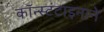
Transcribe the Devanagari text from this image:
कॉन्स्टंटाइनाने